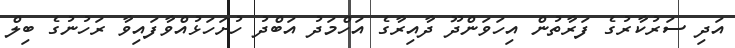
އަދި ސަރުކާރުގެ ފަރާތުން އިހަވަންދޫ ދާއިރާގެ އަހްމަދު އަބްދު ހުށަހަޅުއްވާފައިވާ ރަހުނުގެ ބިލް